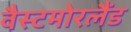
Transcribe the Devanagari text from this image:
वैस्टमोरलैंड